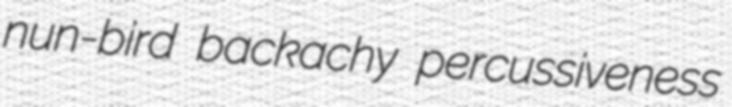
nun-bird backachy percussiveness